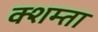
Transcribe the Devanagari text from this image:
क्शम्ता